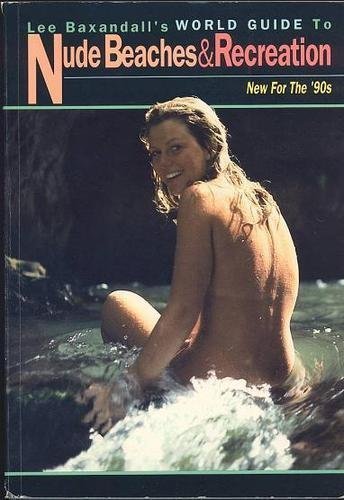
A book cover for Lee Baxandall's World Guide to Nude Beaches & Recreation: New for the '90s; Lee Baxandall; Travel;